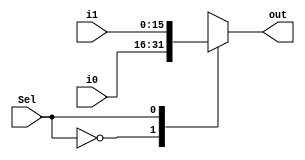
/*
   CS/ECE 552 Spring '19
   Homework #5, Problem 1

   A 16-bit 2-1 Mux (can be configured with N parameter to be a
   different number of bits).
*/
module mux2_1_16b(/*AUTOARG*/
                  // Inputs    
                  i0,      
                  i1,      
                  Sel,
                  // Outputs
                  out);

   parameter N = 16;

   input [N-1:0]    i0, i1;
   input            Sel;

   output [N-1:0]   out;    

   reg [N-1:0]      outreg;

   always @* begin
      case (Sel)    
        2'b0 : outreg = i0;      
        2'b1 : outreg = i1;    
		default: outreg = {N{1'bx}};     // unknown Sel = unknown output
      endcase         
   end                        

   assign out = outreg;

endmodule